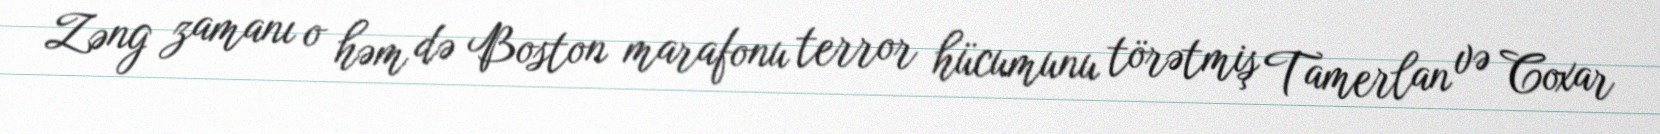
Zəng zamanı o həm də Boston marafonu terror hücumunu törətmiş Tamerlan və Coxar